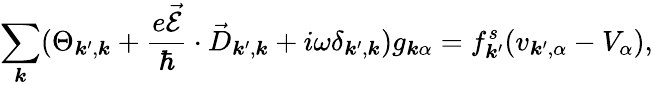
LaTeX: \sum_{\boldsymbol{k}}(\Theta_{\boldsymbol{k}^{\prime},\boldsymbol{k}}+\frac{e\vec{\mathcal{E}}}{\hbar}\cdot\vec{D}_{\boldsymbol{k}^{\prime},\boldsymbol{k}}+i\omega\delta_{\boldsymbol{k}^{\prime},\boldsymbol{k}})g_{\boldsymbol{k}\alpha}=f_{\boldsymbol{k}^{\prime}}^{s}(v_{\boldsymbol{k}^{\prime},\alpha}-V_{\alpha}),